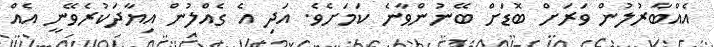
އެއްބާރުލުން ވަރަށް ބޮޑަށް ބޭނުންވާނެ ކަމަށެވެ. އަދި އެ ގެއްލުން އިޔާދަކުރެވޭނީ އެއް